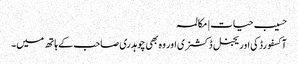
حسیب حیات | مکالمہ
آکسفورڈ کی اوریجنل ڈکشنری اور وہ بھی چوہدری صاحب کے ہاتھ میں۔